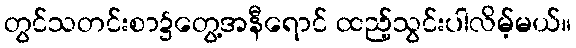
တွင်သတင်းစာ၌တွေ့အနီရောင် ထည့်သွင်းပါလိမ့်မယ်။